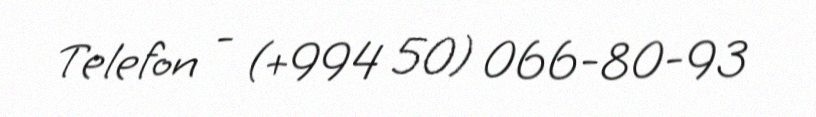
Telefon - (+994 50) 066-80-93